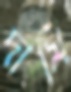
দামি